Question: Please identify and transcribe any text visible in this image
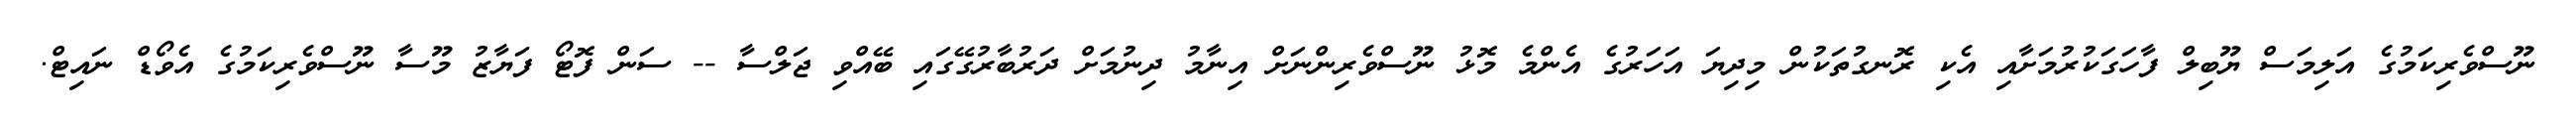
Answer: ނޫސްވެރިކަމުގެ އަލިމަސް ޔޫބިލް ފާހަގަކުރުމަށާއި އެކި ރޮނގުތަކުން މިދިޔަ އަހަރުގެ އެންމެ މޮޅު ނޫސްވެރިންނަށް އިނާމު ދިނުމަށް ދަރުބާރުގޭގައި ބޭއްވި ޖަލްސާ -- ސަން ފޮޓޯ ފަޔާޒު މޫސާ ނޫސްވެރިކަމުގެ އެވޯޑް ނައިޓް.